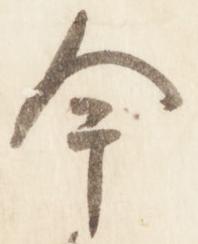
今